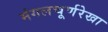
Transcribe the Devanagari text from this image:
मंगलचूर्णरेखा